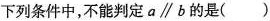
下列条件中，不能判定a//b的是()